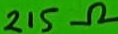
Text: 215Ω